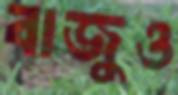
বাজুও